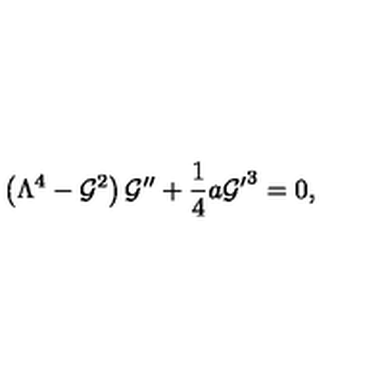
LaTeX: \left( \Lambda ^ { 4 } - { \cal G } ^ { 2 } \right) { \cal G } ^ { \prime \prime } + { \frac { 1 } { 4 } } a { { \cal G } ^ { \prime } } ^ { 3 } = 0 ,